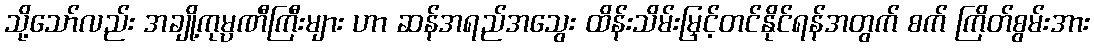
သို့သော်လည်း အချို့ကုမ္ပဏီကြီးများ ဟာ ဆန်အရည်အသွေး ထိန်းသိမ်းမြှင့်တင်နိုင်ရန်အတွက် စက် ကြိတ်စွမ်းအား